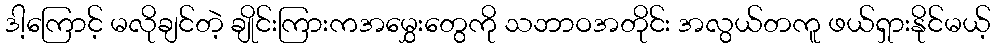
ဒါ့ကြောင့် မလိုချင်တဲ့ ချိုင်းကြားကအမွှေးတွေကို သဘာဝအတိုင်း အလွယ်တကူ ဖယ်ရှားနိုင်မယ့်